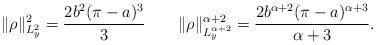
LaTeX: \begin{align*}\|\rho\|_{L_y^2}^2=\frac{2b^2(\pi-a)^3}{3}\quad\quad\|\rho\|_{L^{\alpha+2}_y}^{\alpha+2}=\frac{2b^{\alpha+2}(\pi-a)^{\alpha+3}}{\alpha+3}.\end{align*}